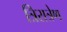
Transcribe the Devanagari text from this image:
त्रिरात्रेण